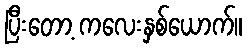
ပြီးတော့ ကလေးနှစ်ယောက်။